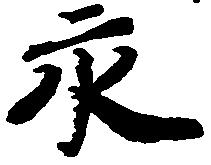
永